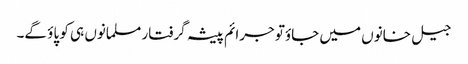
جیل خانوں میں جاؤتو جرائم پیشہ گرفتار مسلمانوں ہی کو پاؤ گے۔